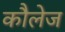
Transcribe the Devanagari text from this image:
कौलेज